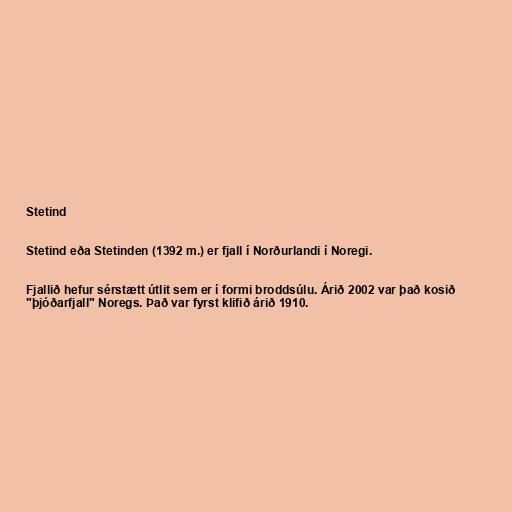
Stetind

Stetind eða Stetinden (1392 m.) er fjall í Norðurlandi í Noregi.

Fjallið hefur sérstætt útlit sem er í formi broddsúlu. Árið 2002 var það kosið
"þjóðarfjall" Noregs. Það var fyrst klifið árið 1910.